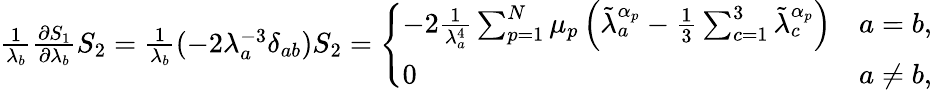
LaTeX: \begin{array}{r}{\frac{1}{\lambda_{b}}\frac{\partial S_{1}}{\partial\lambda_{b}}S_{2}=\frac{1}{\lambda_{b}}(-2\lambda_{a}^{-3}\delta_{ab})S_{2}=\left\{ \begin{array}{ll}{-2\frac{1}{\lambda_{a}^{4}}\sum_{p=1}^{N}\mu_{p}\left(\tilde{\lambda}_{a}^{\alpha_{p}}-\frac{1}{3}\sum_{c=1}^{3}\tilde{\lambda}_{c}^{\alpha_{p}}\right)}&{a=b,}\\ {0}&{a\neq b,}\end{array}\right.}\end{array}